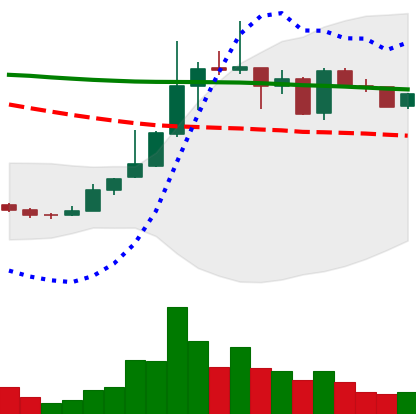
Ticker: TRX-USD
Chart end date: 2019-01-01
Forward return: 17.607%
Label: up_7plus